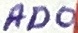
Text: AD0